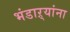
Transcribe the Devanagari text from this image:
भंडाऱ्यांना